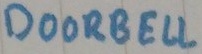
Text: DOORBELL